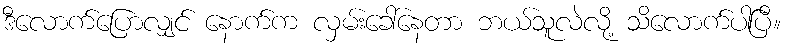
ဒီလောက်ပြောလျှင် နောက်က လှမ်းခေါ်နေတာ ဘယ်သူလဲလို့ သိလောက်ပါပြီ။